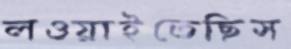
লওয়াইতেছিস